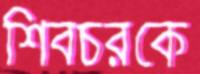
শিবচরকে